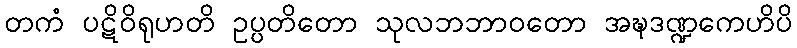
တကံ ပဋိဝိရုဟတိ ဥပ္ပတိတော သုလဘဘာဝတော အဍ္ဎဒဏ္ဍကေဟိပိ